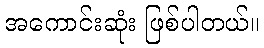
အကောင်းဆုံး ဖြစ်ပါတယ်။